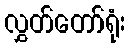
လွှတ်တော်ရုံး